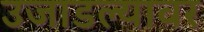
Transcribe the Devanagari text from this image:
उजाडल्यावर